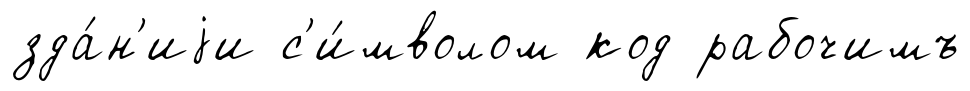
зда́н'иjи с'и́мволом код рабочимъ